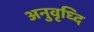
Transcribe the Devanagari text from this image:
अनुवृध्दि